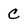
Character: C